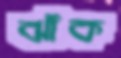
ঝাঁক